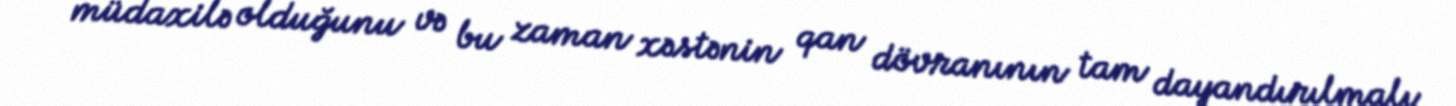
müdaxilə olduğunu və bu zaman xəstənin qan dövranının tam dayandırılmalı